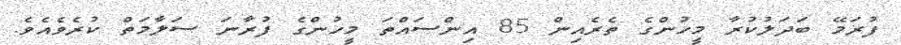
ފުރަމޭ ބަދަލުކުރާ މީހުންގެ ތެރެއިން 85 އިންސައްތަ މީހުންގެ ފުރާނަ ސަލާމަތް ކުރެވެއެވެ.